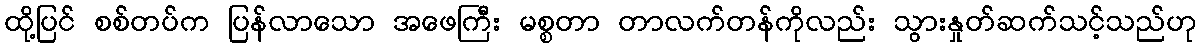
ထို့ပြင် စစ်တပ်က ပြန်လာသော အဖေကြီး မစ္စတာ တာလက်တန်ကိုလည်း သွားနှုတ်ဆက်သင့်သည်ဟု